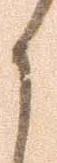
く